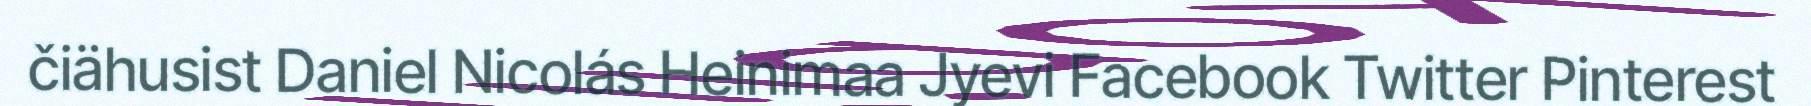
čiähusist Daniel Nicolás Heinimaa Jyevi Facebook Twitter Pinterest